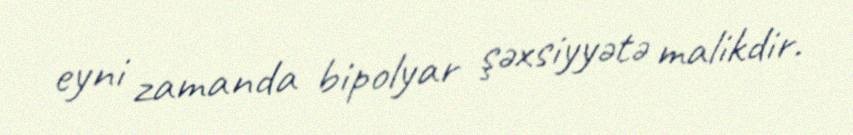
eyni zamanda bipolyar şəxsiyyətə malikdir.